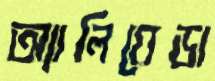
অ্যালিয়েডা